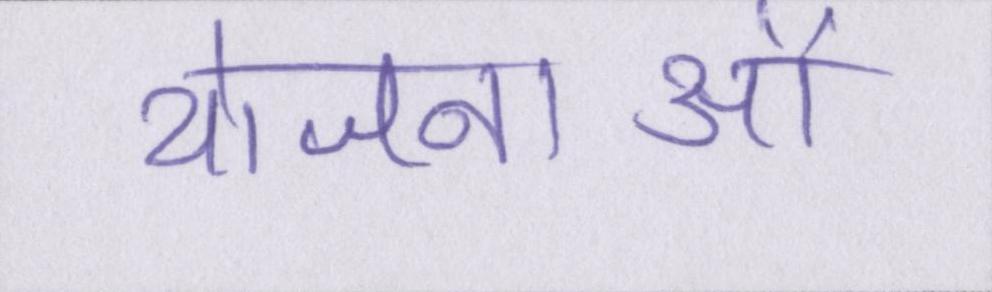
योजनाओं